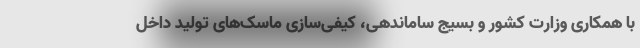
با همکاری وزارت کشور و بسیج ساماندهی، کیفی‌سازی ماسک‌های تولید داخل